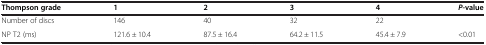
<table><thead><tr><td><b>Thompson grade</b></td><td><b>1</b></td><td><b>2</b></td><td><b>3</b></td><td><b>4</b></td><td><b><i>P</i>-value</b></td></tr></thead><tbody><tr><td>Number of discs</td><td>146</td><td>40</td><td>32</td><td>22</td><td> </td></tr><tr><td>NP T2 (ms)</td><td>121.6 ± 10.4</td><td>87.5 ± 16.4</td><td>64.2 ± 11.5</td><td>45.4 ± 7.9</td><td>&lt;0.01</td></tr></tbody></table>